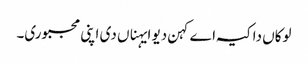
لوکاں دا کیہ اے کہن دیو ایہناں دی اپنی مجبوری۔